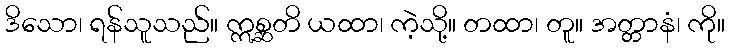
ဒိသော၊ ရန်သူသည်။ ဣစ္ဆတိ ယထာ၊ ကဲ့သို့။ တထာ၊ တူ။ အတ္တာနံ၊ ကို။